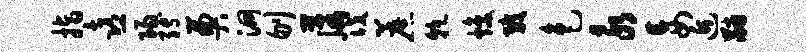
指喜阳缚奠洞刎藩筏蔗干焕戮色永妄近黼